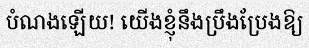
បំណងឡើយ! យើងខ្ញុំនឹងប្រឹងប្រែងឱ្យ